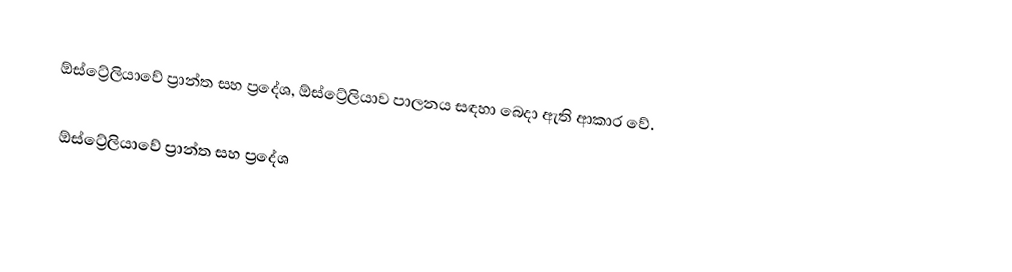
ඕස්ට්‍රේලියාවේ ප්‍රාන්ත සහ ප්‍රදේශ, ඕස්ට්‍රේලියාව පාලනය සඳහා බෙදා ඇති ආකාර වේ.

ඕස්ට්‍රේලියාවේ ප්‍රාන්ත සහ ප්‍රදේශ